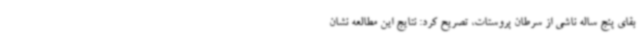
بقای پنج ساله ناشی از سرطان پروستات، تصریح کرد: نتایج این مطالعه نشان